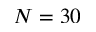
N = 3 0